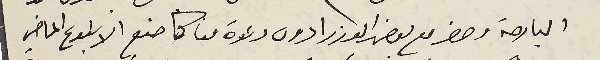
البارحة وحضر مع بعض الوزرا دون دعوة منا كما صنع الاسبوع الماضي